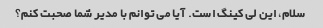
سلام، این لی کینگ است. آیا می توانم با مدیر شما صحبت کنم؟